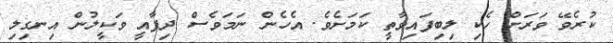
ކުރެވޭ ވަރަށް ހެކި ލިބިފައިވާތީ ކަމަށެވެ. އެހެން ނަމަވެސް ދިފާއީ ވަކީލުން އިނގިލި